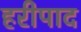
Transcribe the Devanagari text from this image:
हरीपाद